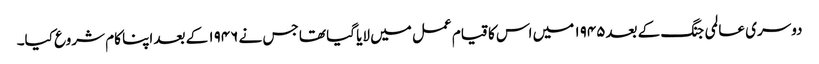
دوسری عالمی جنگ کے بعد۱۹۴۵ میں اس کا قیام عمل میں لایا گیا تھا جس نے ۱۹۴۶ کے بعد اپنا کام شروع کیا۔